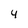
Character: 4